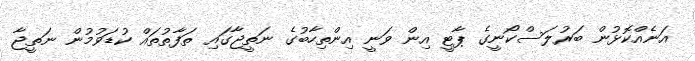
އަނެއްކޮޅުން ބަރުލަސްކޯނީގެ ޕާޓީ އިން ވަނީ އިންތިހާބުގެ ނަތީޖާގައި ތަފާތުތައް ކުޑަވުމުން ނަތީޖާ